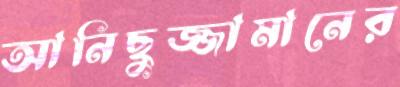
আনিছুজ্জামানের